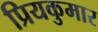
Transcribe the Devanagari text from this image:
प्रियकुमार